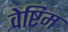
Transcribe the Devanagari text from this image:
वेष्टिम